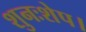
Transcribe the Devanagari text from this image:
शुनःशेप।